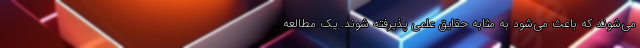
می‌شوند که باعث می‌شود به مثابه حقایق علمی پذیرفته شوند. یک مطالعه